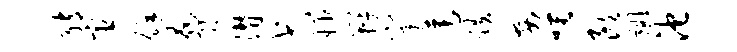
绡宦余胁僭弋妙瓣窠莲跌安唾朗翊池